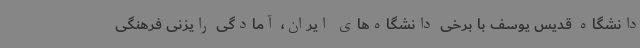
دانشگاه قدیس یوسف با برخی دانشگاه‌های ایران، آمادگی رایزنی فرهنگی